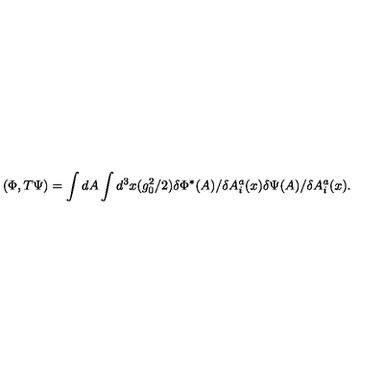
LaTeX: ( \Phi , T \Psi ) = \int d A \int d ^ { 3 } x ( g _ { 0 } ^ { 2 } / 2 ) \delta \Phi ^ { * } ( A ) / \delta A _ { i } ^ { a } ( x ) \delta \Psi ( A ) / \delta A _ { i } ^ { a } ( x ) .